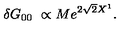
\delta G _ { 0 0 } \ \propto M e ^ { 2 \sqrt 2 X ^ { 1 } } .